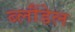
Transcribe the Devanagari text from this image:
ब्लौंडेल